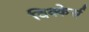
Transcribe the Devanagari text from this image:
विक्केर्स